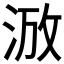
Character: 𣵑